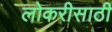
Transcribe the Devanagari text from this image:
लोकरीसाठी